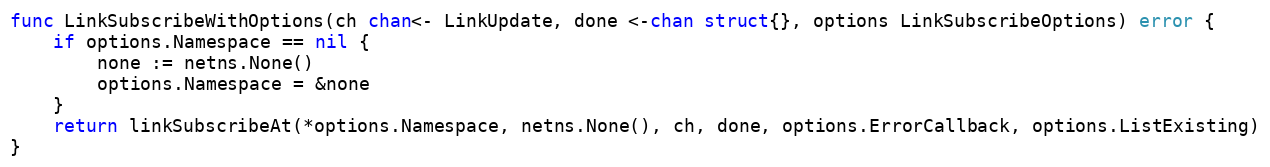
Language: Go
func LinkSubscribeWithOptions(ch chan<- LinkUpdate, done <-chan struct{}, options LinkSubscribeOptions) error {
	if options.Namespace == nil {
		none := netns.None()
		options.Namespace = &none
	}
	return linkSubscribeAt(*options.Namespace, netns.None(), ch, done, options.ErrorCallback, options.ListExisting)
}